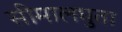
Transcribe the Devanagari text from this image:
सीमालघुता